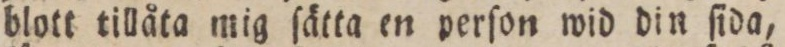
blott tillåta mig ſätta en perſon wid din ſida,